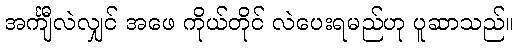
အင်္ကျီလဲလျှင် အဖေ ကိုယ်တိုင် လဲပေးရမည်ဟု ပူဆာသည်။